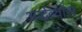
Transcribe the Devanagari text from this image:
अर्द्धव्यास